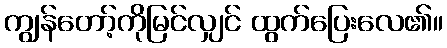
ကျွန်တော့်ကိုမြင်လျှင် ထွက်ပြေးလေ၏။